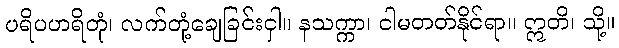
ပရိပဟရိတုံ၊ လက်တုံ့ချေခြင်းငှါ။ နသက္ကာ၊ ငါမတတ်နိုင်ရာ။ ဣတိ၊ သို့။